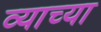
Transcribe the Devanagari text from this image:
व्याच्या